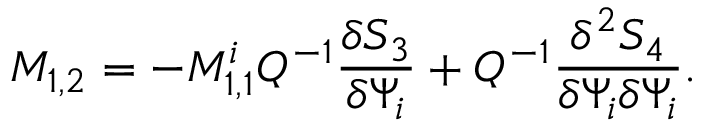
M _ { 1 , 2 } = - M _ { 1 , 1 } ^ { i } Q ^ { - 1 } \frac { \delta S _ { 3 } } { \delta \Psi _ { i } } + Q ^ { - 1 } \frac { \delta ^ { 2 } S _ { 4 } } { \delta \Psi _ { i } \delta \Psi _ { i } } .